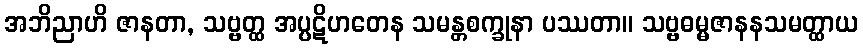
အဘိညာဟိ ဇာနတာ, သဗ္ဗတ္ထ အပ္ပဋိဟတေန သမန္တစက္ခုနာ ပဿတာ။ သဗ္ဗဓမ္မဇာနနသမတ္ထာယ